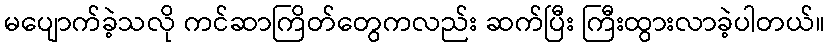
မပျောက်ခဲ့သလို ကင်ဆာကြိတ်တွေကလည်း ဆက်ပြီး ကြီးထွားလာခဲ့ပါတယ်။